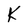
Character: K